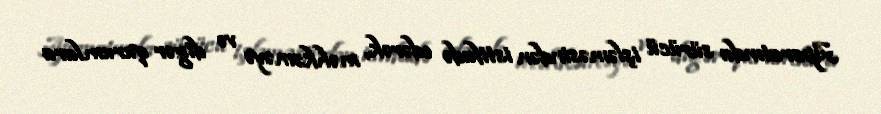
Aparatında sürücü işləməsindən istifadə edərək, məhkəməyə və digər qurumlara